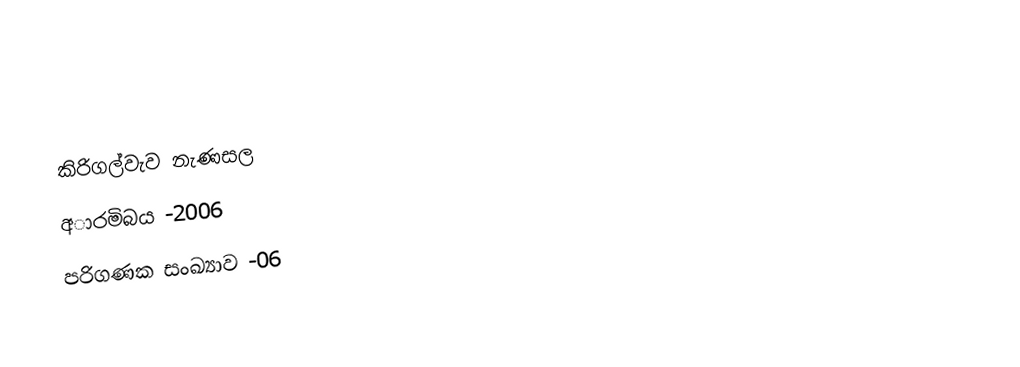

කිරිගල්වැව නැණසල
අාරමිබය -2006
පරිගණක සංඛ්‍යාව -06